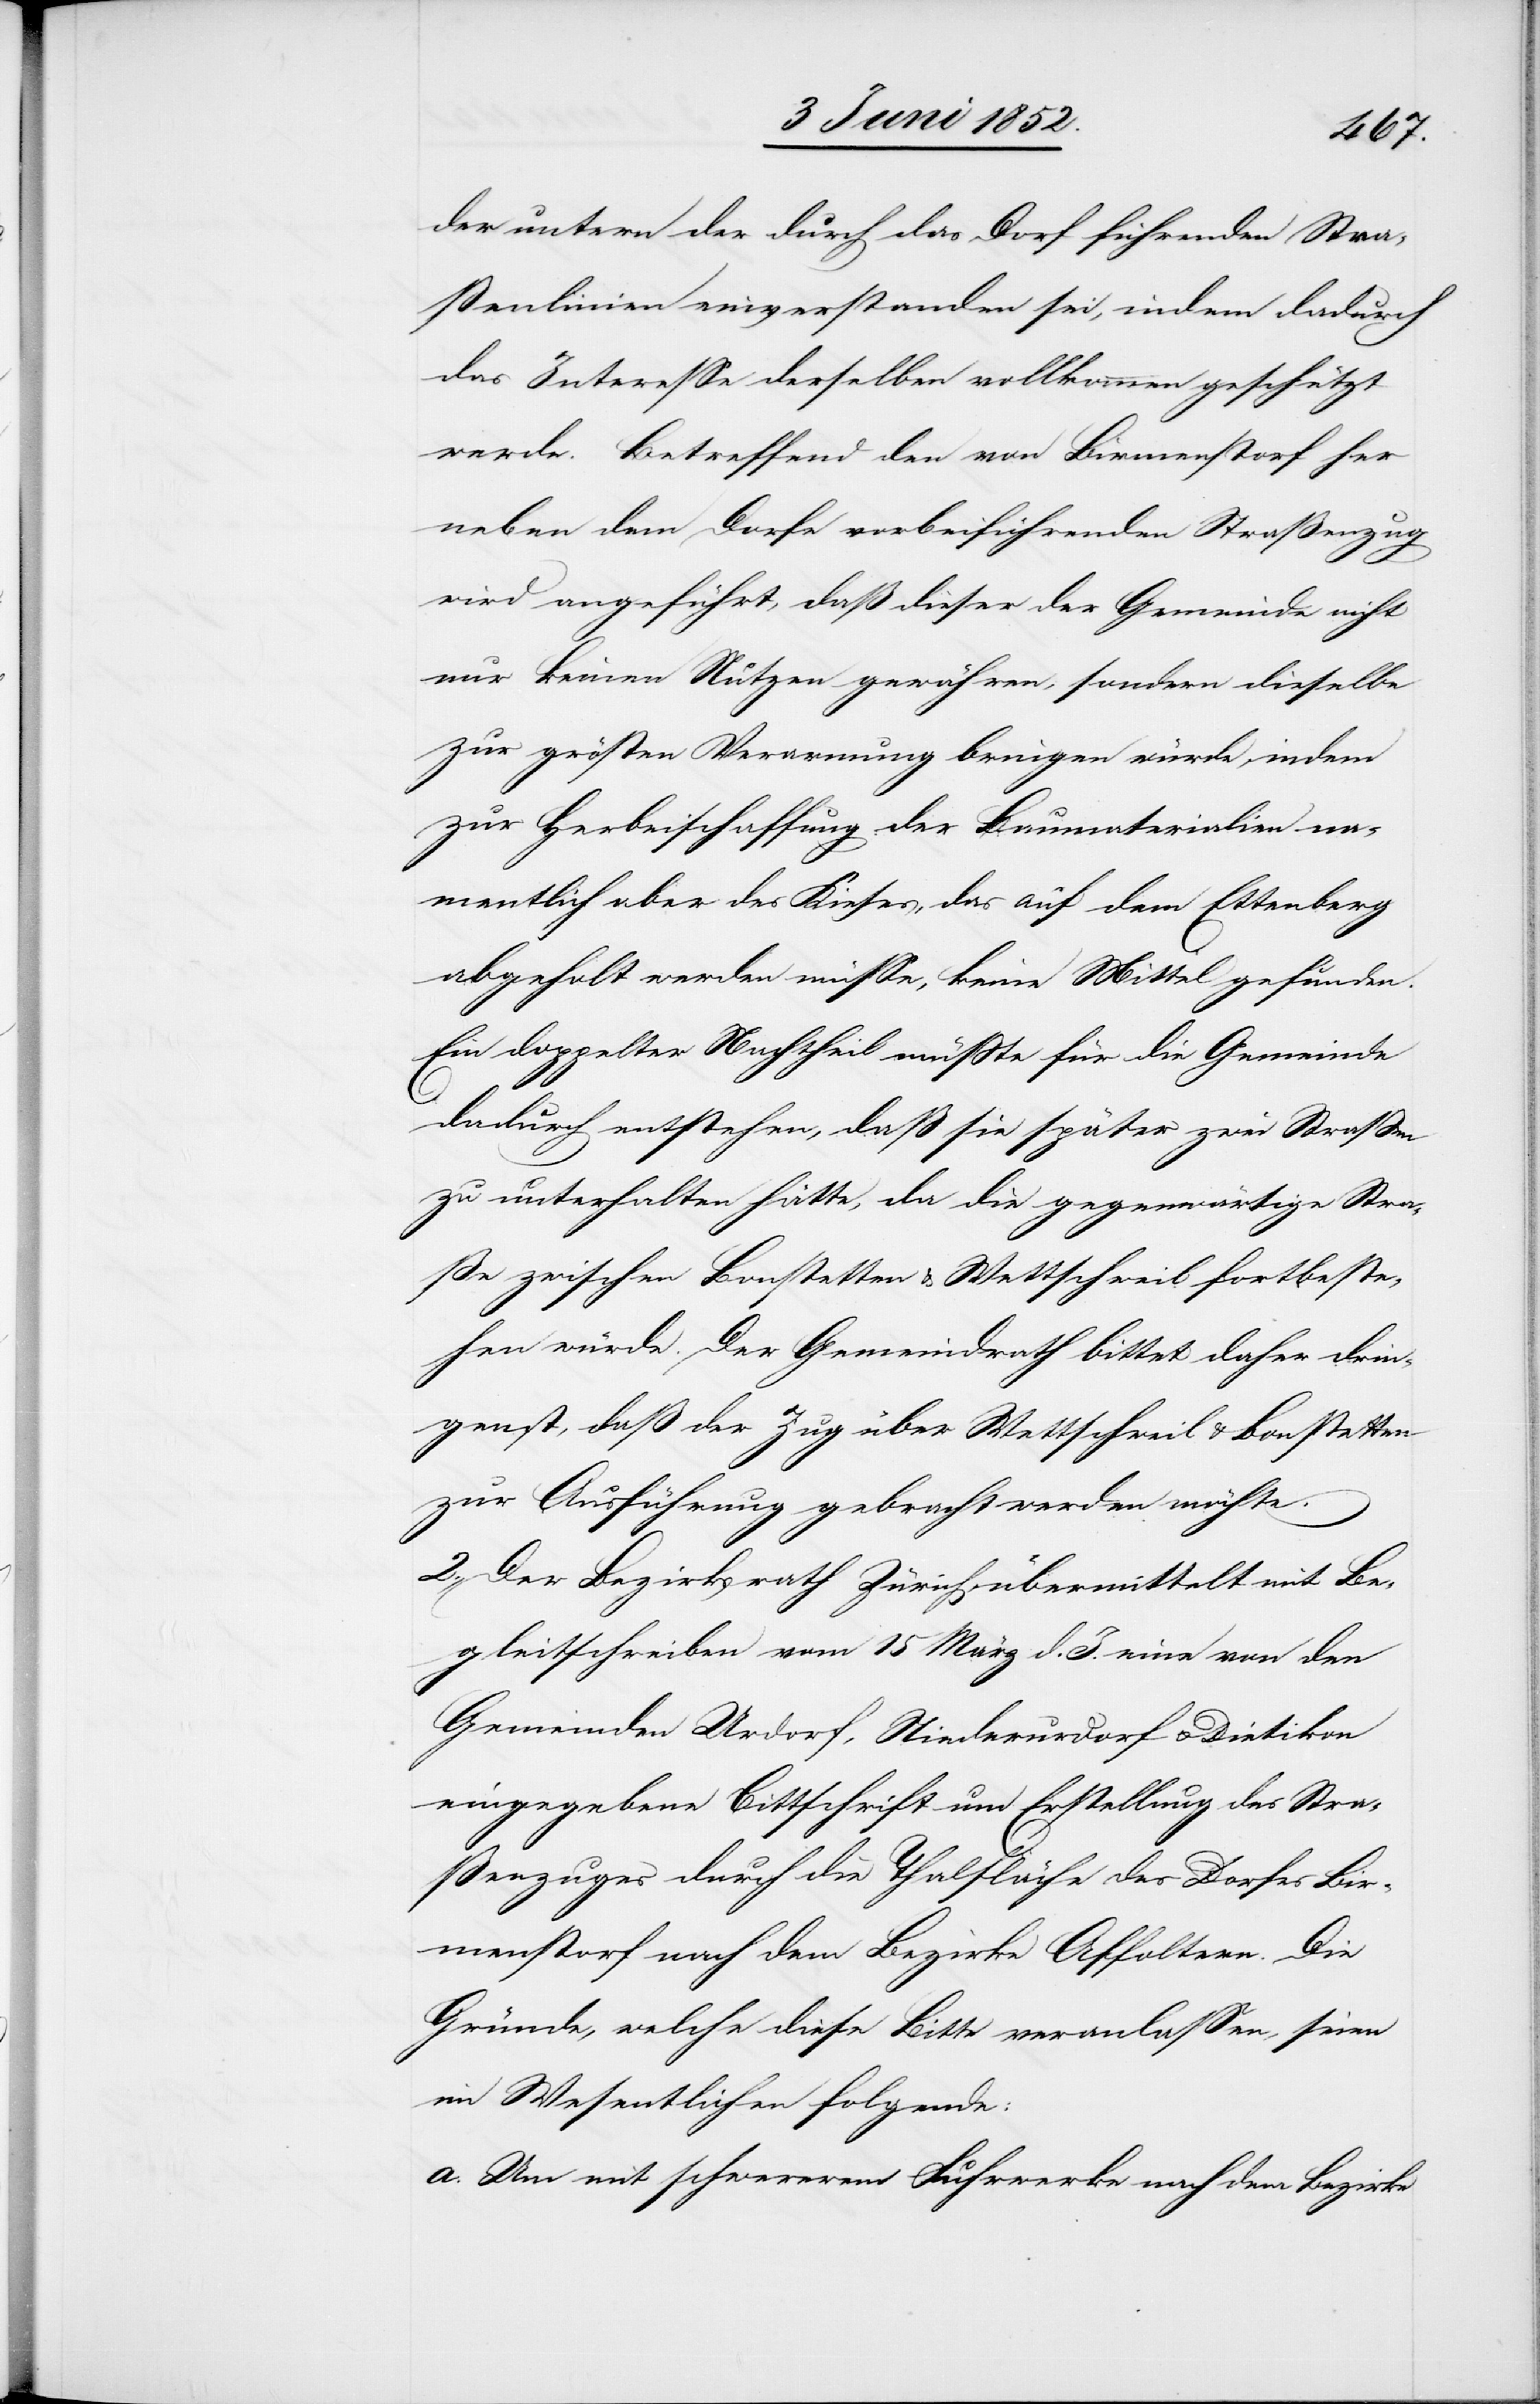
der untern der durch das Dorf führenden Stra¬
ßenlinien einverstanden sei, indem dadurch
das Interesse derselben vollkommen geschützt
werde. Betreffend den von Birmenstorf her
neben dem Dorfe vorbeiführenden Straßenzug
wird angeführt, daß dieser der Gemeinde nicht
nur keinen Nutzen gewähren, sondern dieselbe
zur grös[s]ten Verarmung bringen würde, indem
zur Herbeischaffung der Baumaterialien na¬
mentlich aber des Kieses, das auf dem Ettenberg
abgeholt werden müsse, keine Mittel gefunden.
Ein doppelter Nachtheil müsste für die Gemeinde
dadurch entstehen, daß sie später zwei Strassen
zu unterhalten hätte, da die gegenwärtige Stra¬
ße zwischen Bonstetten & Wettschweil fortbeste¬
hen würde. Der Gemeindrath bittet daher drin¬
gen[d]st, daß der Zug über Wettschweil & Bonstetten
zur Ausführung gebracht werden möchte.
2., Der Bezirksrath Zürich übermittelt mit Be¬
gleitschreiben vom 15 März d. J. eine von den
Gemeinden Urdorf, Niederurdorf & Dietikon
eingegebene Bittschrift um Erstellung des Stra¬
ßenzuges durch die Thalfläche des Dorfes Bir¬
menstorf nach dem Bezirke Affoltern. Die
Gründe, welche diese Bitte veranlassen, seien
im Wesentlichen folgende:
Um mit schwererem Fuhrwerke nach dem Bezirke